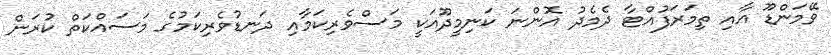
ވޭމަންޑޫ އާއި ތިމަރަފުއްޓާ ދެމެދު އޮންނަ ކަނިމީދޫއަކީ މަސްވެރިކަމާއި ދަނޑުވެރިކަމުގެ މަސައްކަތް ކުރަން